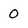
Character: 0